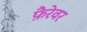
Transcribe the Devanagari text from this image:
फ़ैरेवर